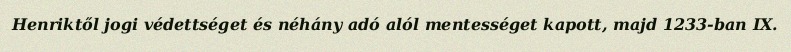
Henriktől jogi védettséget és néhány adó alól mentességet kapott, majd 1233-ban IX.